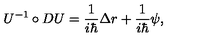
U ^ { - 1 } \circ D U = \frac 1 { i \hbar } \Delta r + \frac 1 { i \hbar } \psi ,